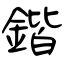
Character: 鍇